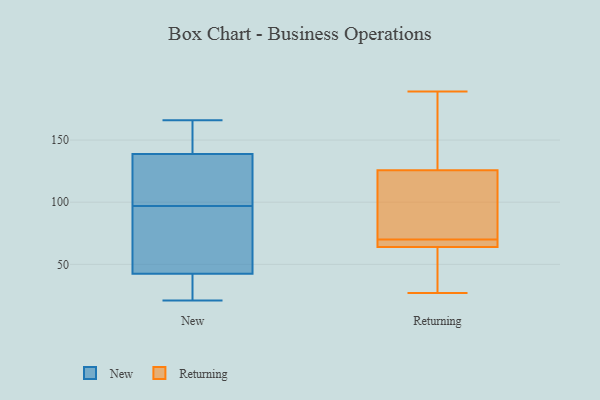
{"axis": {"x": "Conversion Rate (%)", "y": "Value"}, "legend": ["New", "Returning"], "data": [{"x": "", "y": 156, "type": "New"}, {"x": "", "y": 44, "type": "New"}, {"x": "", "y": 126, "type": "New"}, {"x": "", "y": 138, "type": "New"}, {"x": "", "y": 38, "type": "New"}, {"x": "", "y": 108, "type": "New"}, {"x": "", "y": 97, "type": "New"}, {"x": "", "y": 52, "type": "New"}, {"x": "", "y": 61, "type": "New"}, {"x": "", "y": 27, "type": "New"}, {"x": "", "y": 150, "type": "New"}, {"x": "", "y": 127, "type": "New"}, {"x": "", "y": 79, "type": "New"}, {"x": "", "y": 33, "type": "New"}, {"x": "", "y": 141, "type": "New"}, {"x": "", "y": 21, "type": "New"}, {"x": "", "y": 166, "type": "New"}, {"x": "", "y": 70, "type": "Returning"}, {"x": "", "y": 128, "type": "Returning"}, {"x": "", "y": 64, "type": "Returning"}, {"x": "", "y": 56, "type": "Returning"}, {"x": "", "y": 70, "type": "Returning"}, {"x": "", "y": 112, "type": "Returning"}, {"x": "", "y": 27, "type": "Returning"}, {"x": "", "y": 119, "type": "Returning"}, {"x": "", "y": 189, "type": "Returning"}, {"x": "", "y": 64, "type": "Returning"}, {"x": "", "y": 189, "type": "Returning"}]}